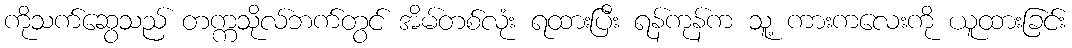
ကိုသက်ဆွေသည် တက္ကသိုလ်ဘက်တွင် အိမ်တစ်လုံး ရထားပြီး ရန်ကုန်က သူ့ ကားကလေးကို ယူထားခြင်း